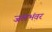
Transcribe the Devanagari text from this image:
जलभंवर